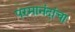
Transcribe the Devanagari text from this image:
परमानंदांचा